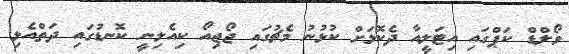
ވޯލްޑް ކަޕްގައި އިޓަލީއާ ދެކޮޅަށް ކުޅުނު މެޗުގައި ޖޯޖިއޯ ކިއެލިނީ ކޮނޑުގައި ދަތްއެޅި